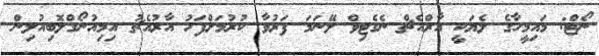
ނޯޓް: މައިމީހާގެ ލެޔަކީ އާރްއެޗް ނެގެޓިވް ލޭނަމަ ފަރުވާ ކުރުމަށްފަހު އާރުއެޗު އިމިއުނޯގްލޮބިއުލިން